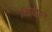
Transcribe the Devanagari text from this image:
क्रियामन